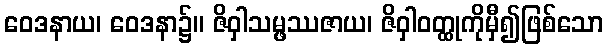
ဝေဒနာယ၊ ဝေဒနာ၌။ ဇိဝှါသမ္ဖဿဇာယ၊ ဇိဝှါဝတ္ထုကိုမှီ၍ဖြစ်သော